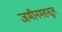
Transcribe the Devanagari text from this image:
जमीनमहसूल